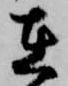
在